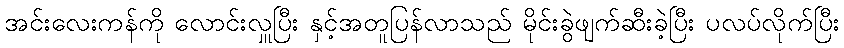
အင်းလေးကန်ကို လောင်းလှူပြီး နှင့်အတူပြန်လာသည် မိုင်းခွဲဖျက်ဆီးခဲ့ပြီး ပလပ်လိုက်ပြီး